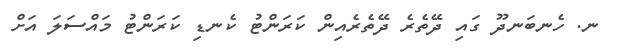
ނ. ހެނބަނދޫ ގައި ދޭތެރެ ދޭތެރެއިން ކަރަންޓު ކެނޑި ކަރަންޓު މައްސަލަ އަށް